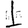
Digit: 1